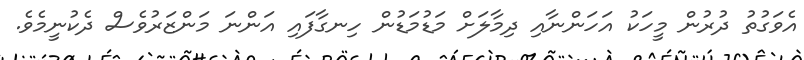
އެވަގުތު ދުރުން މީހަކު އަހަންނާއި ދިމާލަށް މަޑުމަޑުން ހިނގާފައި އަންނަ މަންޒަރުވެސް ދެކުނީމެވެ.